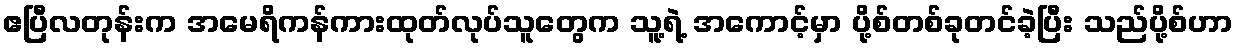
ဧပြီလတုန်းက အမေရိကန်ကားထုတ်လုပ်သူတွေက သူ့ရဲ့ အကောင့်မှာ ပို့စ်တစ်ခုတင်ခဲ့ပြီး သည်ပို့စ်ဟာ